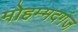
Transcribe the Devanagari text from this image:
मोहम्मदगंज